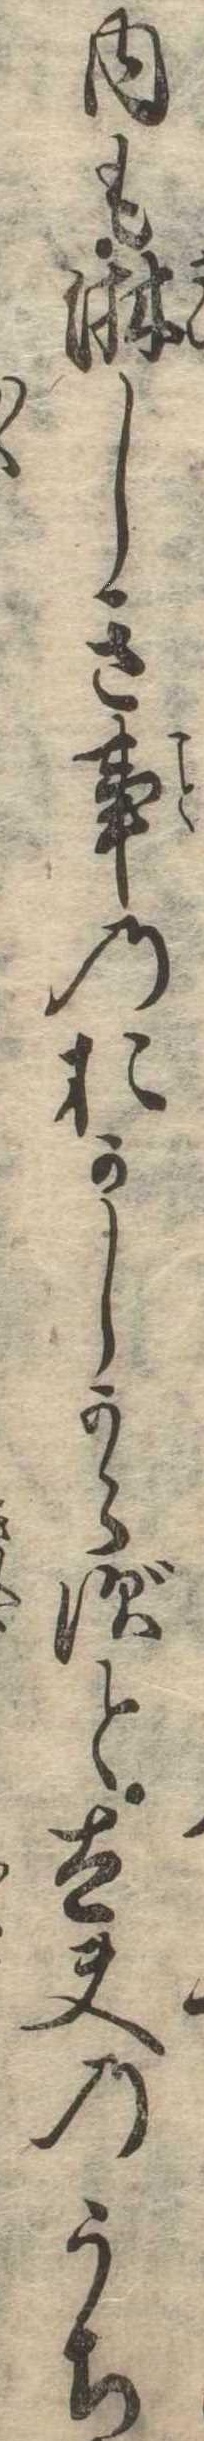
内も淋しき事のおかしからずと太夫のうち